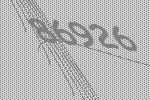
86926